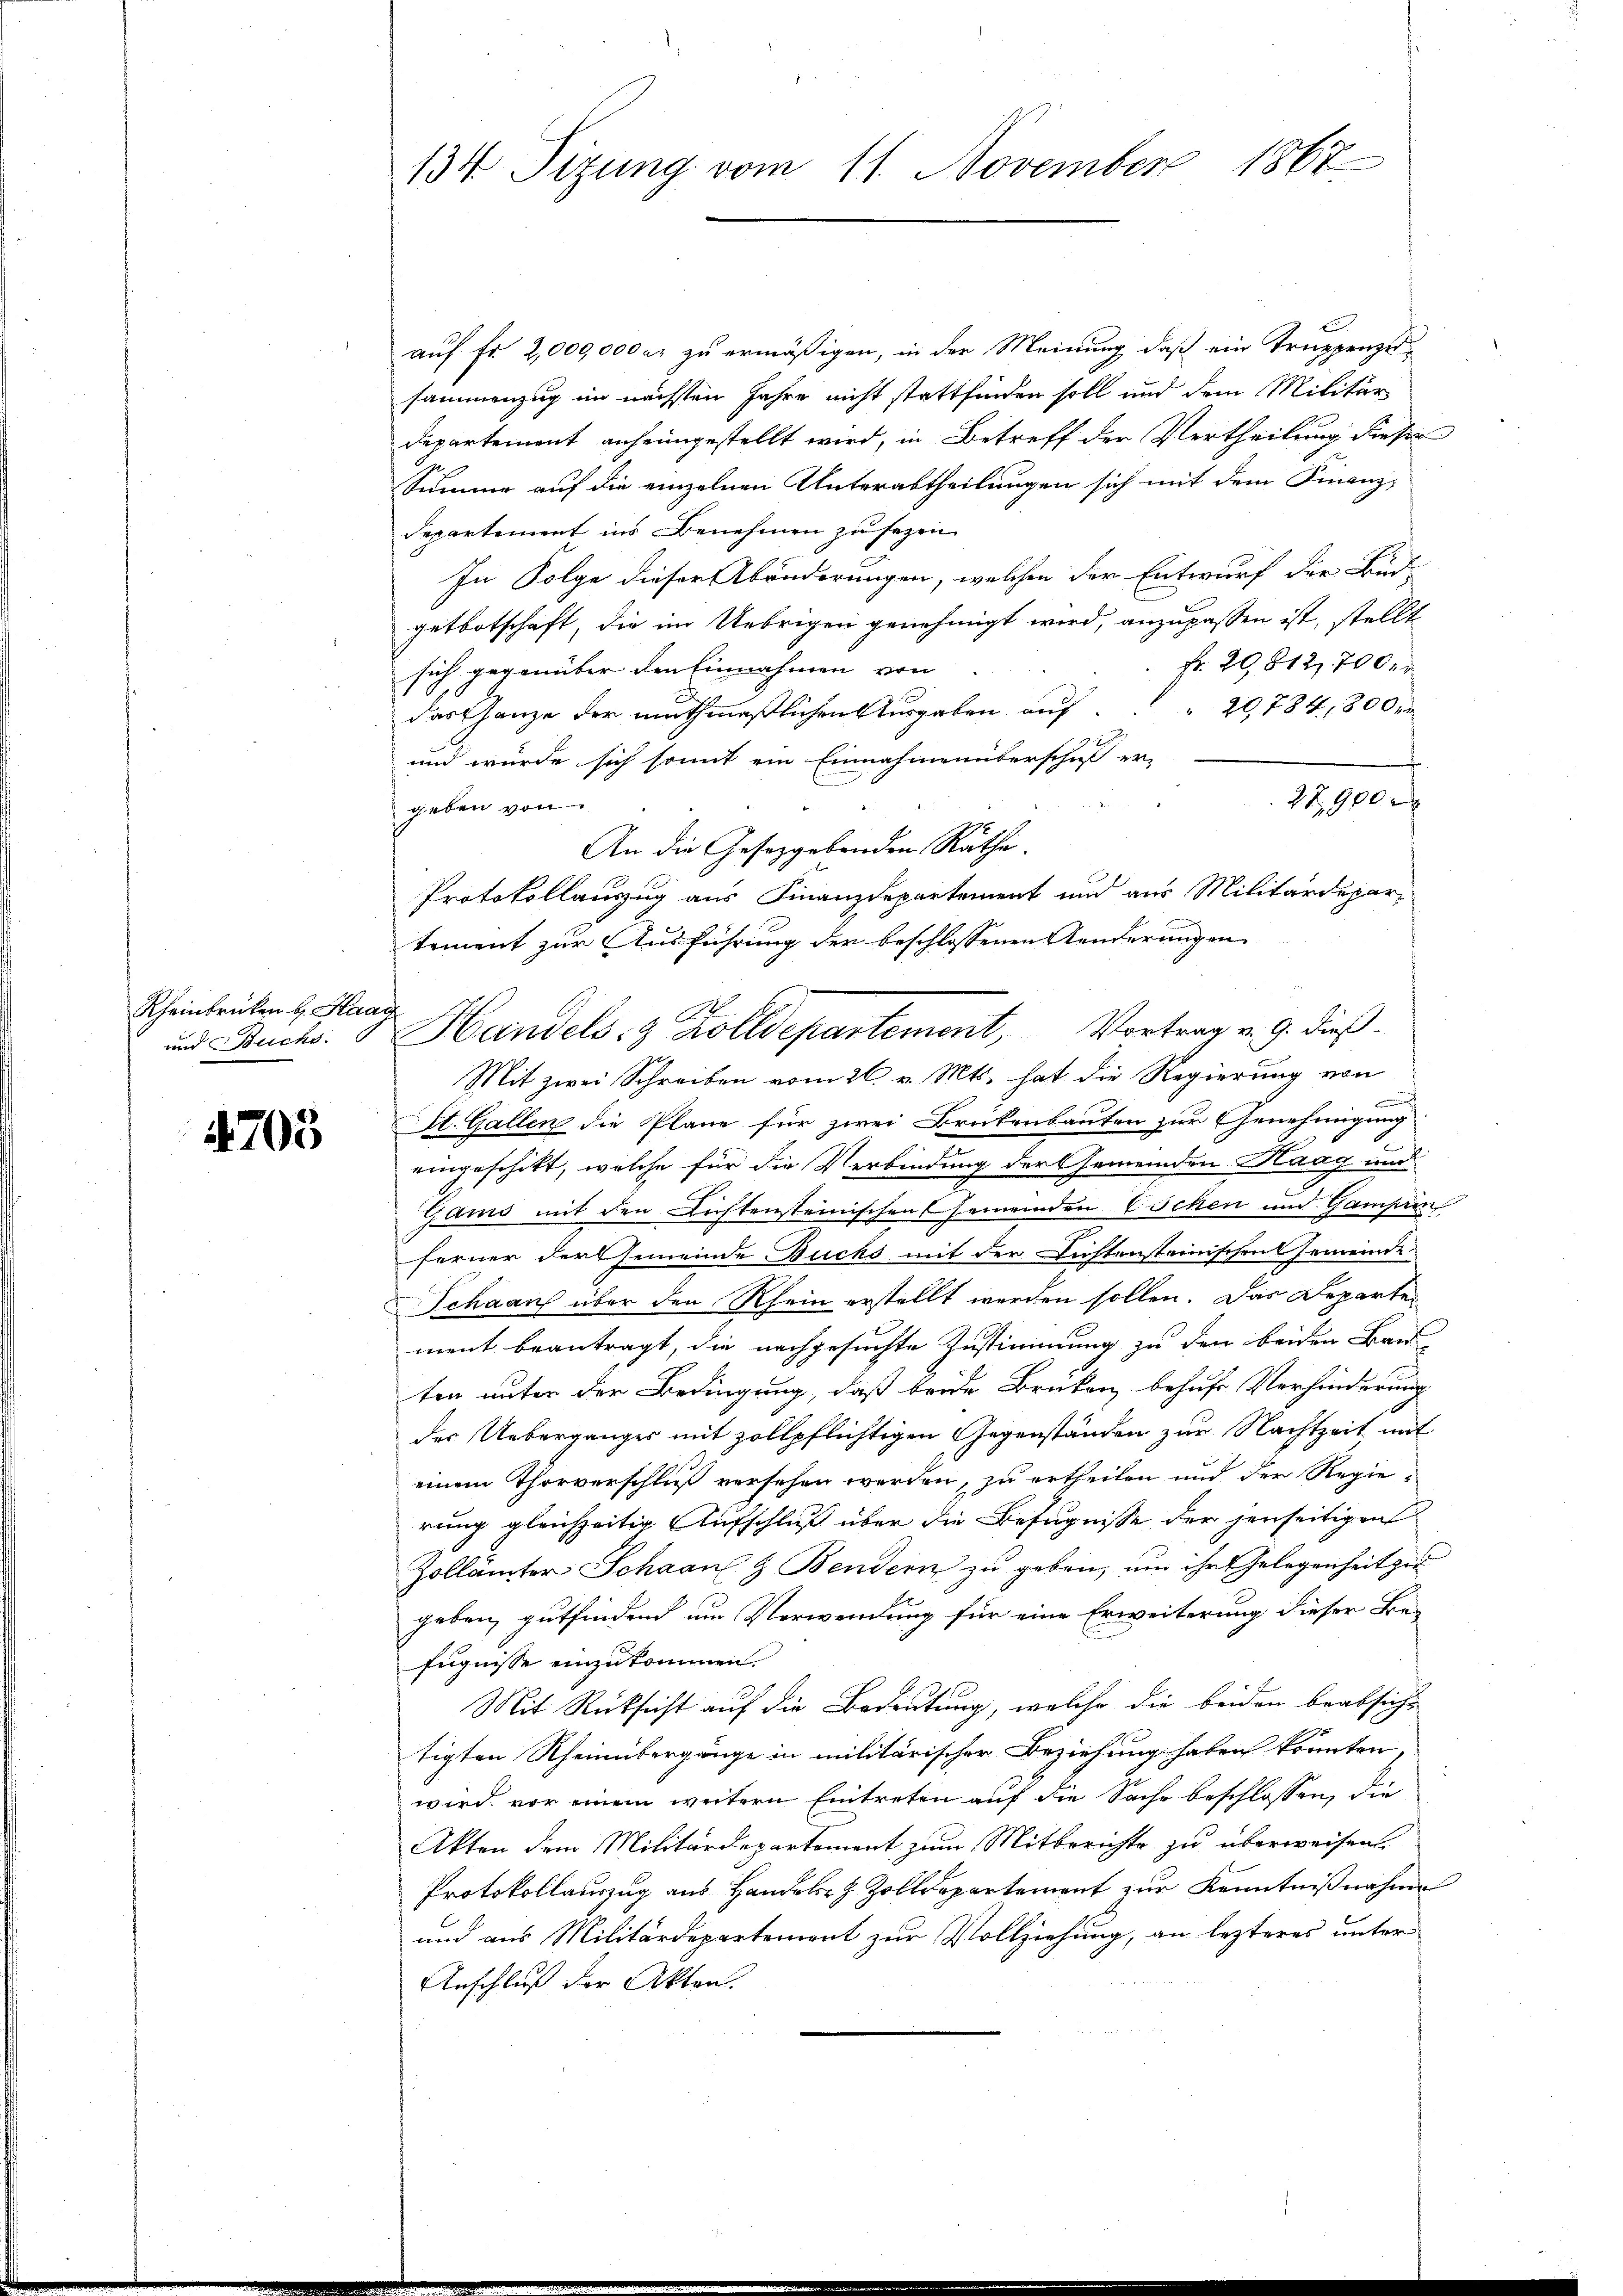
Rheinbrücken v. Haag
und Buchs.

4703

134 Sizung vom 11. November 1867

auf Fr. 2,000,000 er zu ermäßigen, in der Meinung, daß ein Truppenzesammenzug im nächsten Jahre nicht stattfinden soll und dem Militär
Departement anheimgestellt wird, in Betreff der Vertheilung dieser
Summe auf die einzelnen Unterabtheilungen sich mit dem Finanz-
departement ins Benehmen zu sezen
In Folge dieser Abänderungen, welchen der Entwurf der Bud-
getbotschaft, die im Uebrigen genehmigt wird, anzupassen ist, stellt
fr. 29812,700 er
sich gegenüber den Einnahmen von
das Ganze der muthmaßlichen Ausgaben auf 20,784,800 r
und würde sich somit ein Einnahmenüberschuß er-
27900 x
geben von
An die Gesetzgebenden Räthe.
Protokollauszug aus Finanzdepartement und aus Militärdepar-
tement zur Ausführung der beschlossenen Kinderungen
Handels- & Zolldepartement, Vortrag v. 9. dieß.
Mit zwei Schreiben vom 26. v. Mts. hat die Regierung von
St. Gallen die Pläne für zwei Brükenbauten zur Genehmigung
eingeschikt, welche für die Verbindung der Gemeinden Haag und
Gams mit den Lichtensteinischen Gemeinden Eschen und Gampren
ferner der Gemeinde Ducks mit der Lichtensteinischen Gemeinde
Schaaf über den Rhein erstellt werden sollen. Das Departe
ment beantragt, die nachgesuchte Zustimmung zu den beiden Bau
ten unter der Bedingung, daß beide Brüken behufs Verhinderung
der Ueberganges mit zollpflichtigen Gegenständen zur Nachtzeit mit
einem Thorverschluß versehen werden, zu ertheilen und der Regierung gleichzeitig Aufschluß über die Befugnisse der jenseitigen
Zollämter Scharn & Bendern zu geben, um ihr Gelegenheit zu
geben, gutfindend um Verwendung für eine Erweiterung dieser Befugnisse einzukommen.
Mit Rücksicht auf die Bedeutung, welche die beiden beabsicht
tigten Rheinübergänge in militärischer Beziehung haben könnten
wird vor einem weitern Eintreten auf die Sache beschlossen, die
Akten dem Militärdepartement zum Mitberichte zu überweisen,
Protokollauszug aus Hander Zolldepartement zur Kenntnißnahme
und aus Militärdepartement zur Vollziehung, an lezteres unter
Anschluß der Akten.